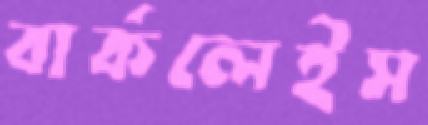
বার্কলেইস